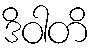
ဒိဝါတိ